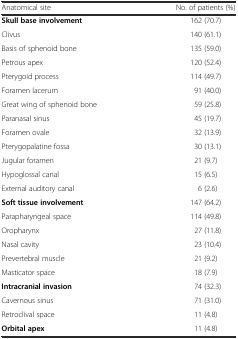
<table><thead><tr><td><b>Anatomical site</b></td><td><b>No. of patients (%)</b></td></tr></thead><tbody><tr><td><b>Skull base involvement</b></td><td>162 (70.7)</td></tr><tr><td>Clivus</td><td>140 (61.1)</td></tr><tr><td>Basis of sphenoid bone</td><td>135 (59.0)</td></tr><tr><td>Petrous apex</td><td>120 (52.4)</td></tr><tr><td>Pterygoid process</td><td>114 (49.7)</td></tr><tr><td>Foramen lacerum</td><td>91 (40.0)</td></tr><tr><td>Great wing of sphenoid bone</td><td>59 (25.8)</td></tr><tr><td>Paranasal sinus</td><td>45 (19.7)</td></tr><tr><td>Foramen ovale</td><td>32 (13.9)</td></tr><tr><td>Pterygopalatine fossa</td><td>30 (13.1)</td></tr><tr><td>Jugular foramen</td><td>21 (9.7)</td></tr><tr><td>Hypoglossal canal</td><td>15 (6.5)</td></tr><tr><td>External auditory canal</td><td>6 (2.6)</td></tr><tr><td><b>Soft tissue involvement</b></td><td>147 (64.2)</td></tr><tr><td>Parapharyngeal space</td><td>114 (49.8)</td></tr><tr><td>Oropharynx</td><td>27 (11.8)</td></tr><tr><td>Nasal cavity</td><td>23 (10.4)</td></tr><tr><td>Prevertebral muscle</td><td>21 (9.2)</td></tr><tr><td>Masticator space</td><td>18 (7.9)</td></tr><tr><td><b>Intracranial invasion</b></td><td>74 (32.3)</td></tr><tr><td>Cavernous sinus</td><td>71 (31.0)</td></tr><tr><td>Retroclival space</td><td>11 (4.8)</td></tr><tr><td><b>Orbital apex</b></td><td>11 (4.8)</td></tr></tbody></table>